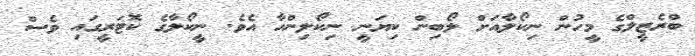
ބްރެޒީލްގެ މީހުން ނިކޯލާއަށް ލޯބިން ކިޔަނީ ނިކޯލިންހާ އެވެ. ނީކޯލާގެ ކޮޓަރީގައި ވެސް